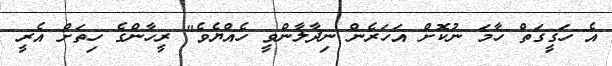
އެ ހަގީގަތް ހާމަ ނުކޮށް އަހަރެން ނިދާލާންވީ ހެއްޔެވެ" ރީހާންގެ ހިތަށް އެރީ